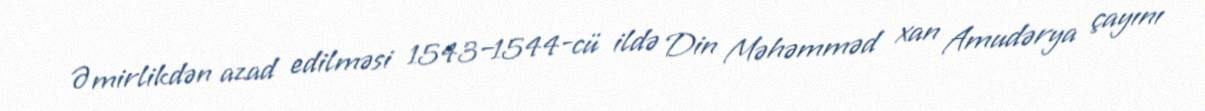
Əmirlikdən azad edilməsi 1543–1544-cü ildə Din Məhəmməd xan Amudərya çayını